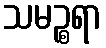
သမဉ္စရာ